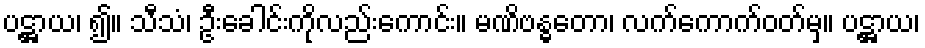
ပဋ္ဌာယ၊ ၍။ သီသံ၊ ဦးခေါင်းကိုလည်းကောင်း။ မဏိဗန္ဓတော၊ လက်ကောက်ဝတ်မှ။ ပဋ္ဌာယ၊